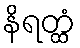
နိရတ္ထံ